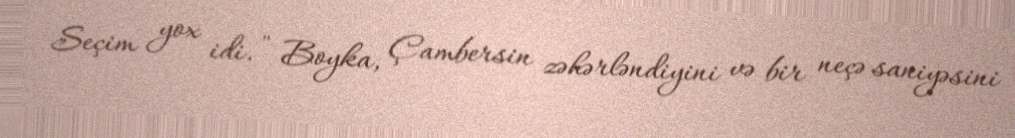
Seçim yox idi. " Boyka, Çambersin zəhərləndiyini və bir neçə saniyəsini